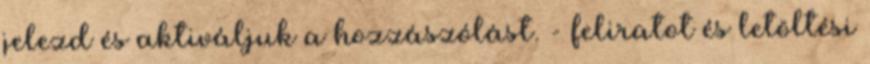
jelezd és aktiváljuk a hozzászólást. - feliratot és letöltési